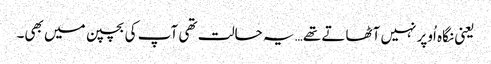
یعنی نگاہ اُوپر نہیں آٹھاتے تھے… یہ حالت تھی آپ کی بچپن میں بھی۔